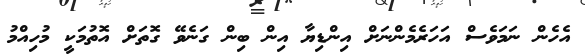
އެހެން ނަމަވެސް އަހަރެމެންނަށް އިންޑިޔާ އިން ބިން ގަނެވޭ ގޮތަށް އޮތުމަކީ މުހިއްމު